Civil Veterinary Department Bihar & Orissa reports 1922-29 - 1922-1929
Year: 1922
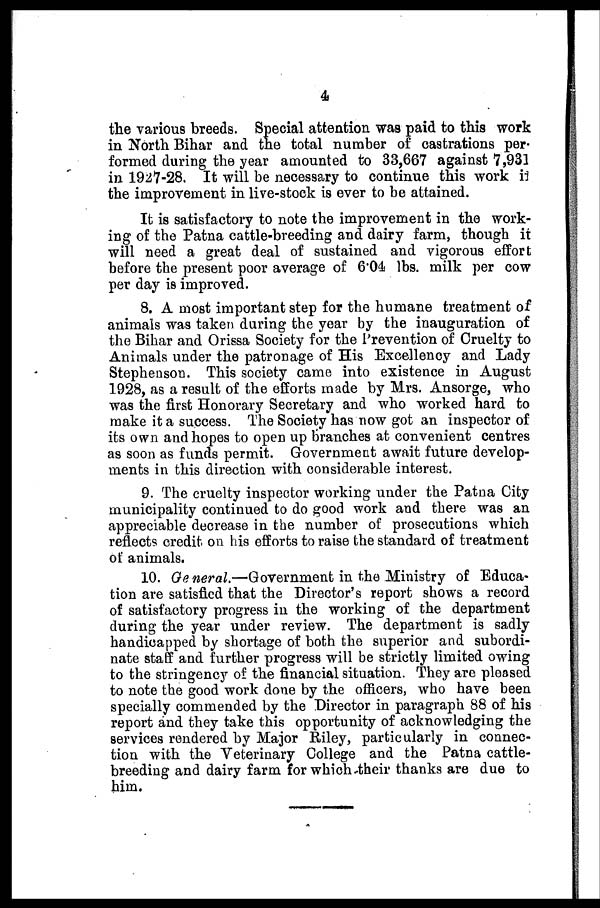
4
the various breeds. Special attention was paid to this work
in North Bihar and the total number of castrations per-
formed during the year amounted to 33,667 against 7,931
in 1927-28. It will be necessary to continue this work in
the improvement in live-stock is ever to be attained.
It is satisfactory to note the improvement in the work-
ing of the Patna cattle-breeding and dairy farm, though it
will need a great deal of sustained and vigorous effort
before the present poor average of 6.04 lbs. milk per cow
per day is improved.
8. A most important step for the humane treatment of
animals was taken during the year by the inauguration of
the Bihar and Orissa Society for the Prevention of Cruelty to
Animals under the patronage of His Excellency and Lady
Stephenson. This society came into existence in August
1928, as a result of the efforts made by Mrs. Ansorge, who
was the first Honorary Secretary and who worked hard to
make it a success. The Society has now got an inspector of
its own and hopes to open up branches at convenient centres
as soon as funds permit. Government await future develop-
ments in this direction with considerable interest.
9. The cruelty inspector working under the Patna City
municipality continued to do good work and there was an
appreciable decrease in the number of prosecutions which
reflects credit on his efforts to raise the standard of treatment
of animals.
10. General.—Government in the Ministry of Educa-
tion are satisfied that the Director's report shows a record
of satisfactory progress in the working of the department
during the year under review. The department is sadly-
handicapped by shortage of both the superior and subordi-
nate staff and further progress will be strictly limited owing
to the stringency of the financial situation. They are pleased
to note the good work done by the officers, who have been
specially commended by the "Director in paragraph 88 of his
report and they take this opportunity of acknowledging the
services rendered by Major Riley, particularly in connec-
tion with the Veterinary College and the Patna cattle-
breeding and dairy farm for which their thanks are due to
him.